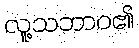
လူ့သဘာဝ၏